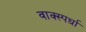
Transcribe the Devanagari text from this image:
वाक्स्पर्धा